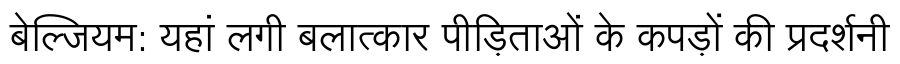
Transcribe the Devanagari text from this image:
बेल्जियम: यहां लगी बलात्कार पीड़िताओं के कपड़ों की प्रदर्शनी